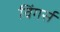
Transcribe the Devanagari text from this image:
विंगर्स